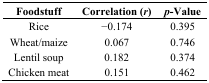
| Foodstuff | Correlation (r) | p-Value |
 | --- | --- | --- |
 | Rice | −0.174 | 0.395 |
 | Wheat/maize | 0.067 | 0.746 |
 | Lentil soup | 0.182 | 0.374 |
 | Chicken meat | 0.151 | 0.462 |